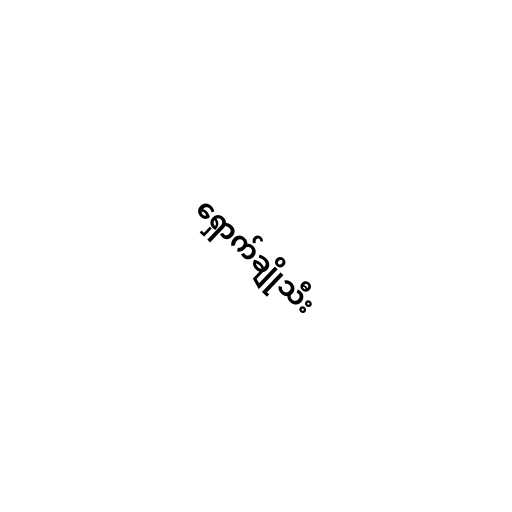
ရှောက်ချိုသီး